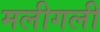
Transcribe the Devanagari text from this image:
मलीगली